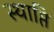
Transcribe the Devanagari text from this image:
स्थाप्ति